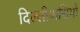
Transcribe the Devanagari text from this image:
दिल्लीवासियों